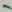
Text: 1